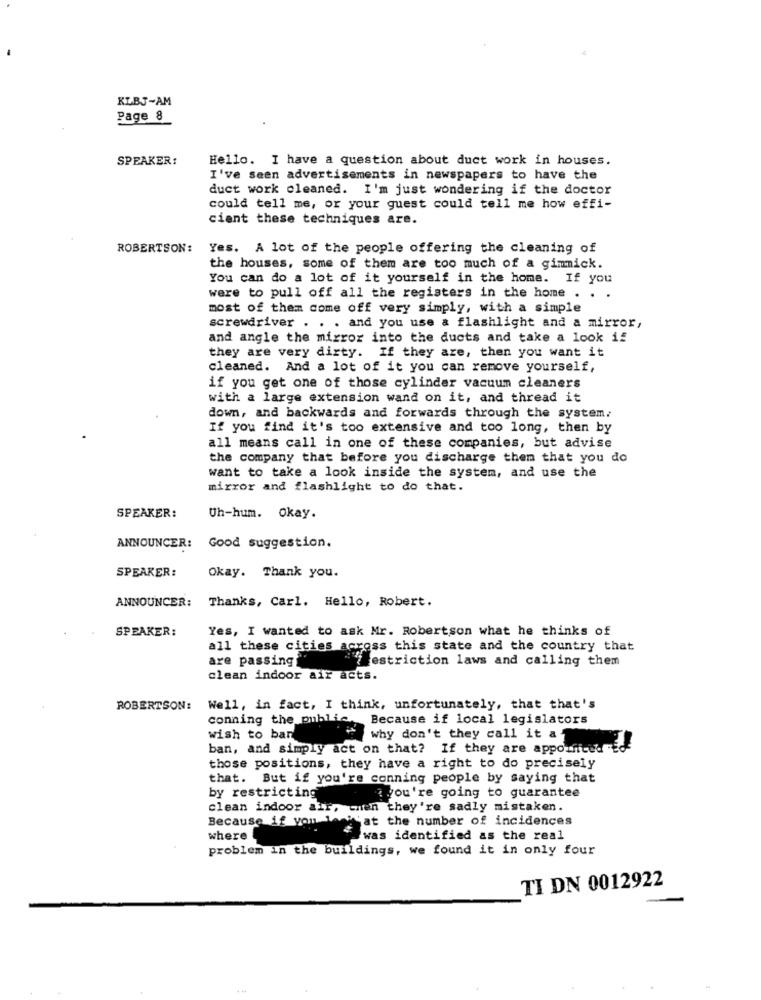
KLBJ-AM
Page 8
SPEAKER:
Hello. I have a question about duct work in houses.
I've seen advertisements in newspapers to have the
duct work cleaned. I'm just wondering if the doctor
could tell me, or your guest could tell me how effi-
cient these techniques are.
ROBERTSON:
Yes. A lot of the people offering the cleaning of
the houses, some of them are too much of a gimmick.
You can do a lot of it yourself in the home. If you
were to pull off all the registers in the home . . .
most of them come off very simply, with a simple
screwdriver . . . and you use & flashlight and a mirror,
and angle the mirror into the ducts and take a look if
they are very dirty. If they are, then you want it
cleaned. And a lot of it you can remove yourself,
if you get one of those cylinder vacuum cleaners
with a large extension wand on it, and thread it
down, and backwards and forwards through the system.
If you find it's too extensive and too long, then by
all means call in one of these companies, but advise
the company that before you discharge them that you do
want to take a look inside the system, and use the
mirror and flashlight to do that.
SPEAKER:
Uh-hum. Okay.
ANNOUNCER:
Good suggestion.
SPEAKER:
Okay. Thank you.
ANNOUNCER:
Thanks, Carl. Hello, Robert.
SPEAKER:
Yes, I wanted to ask Mr. Robertson what he thinks of
all these cities across this state and the country that
are passing
restriction laws and calling them
clean indoor air acts.
ROBERTSON:
Well, in fact, I think, unfortunately, that that's
conning the public.
Because if local legislators
wish to ban
why don't they call it a -
ban, and simply act on that? If they are appointed Eo
those positions, they have a right to do precisely
that. But if you're conning people by saying that
by restricting
& you're going to guarantee
clean indoor air, when they're sadly mistaken.
Because if you leri at the number of incidences
where
was identified as the real
problem in the buildings, we found it in only four
TI DN 0012922